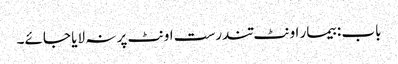
باب : بیمار اونٹ تندرست اونٹ پر نہ لایا جائے۔